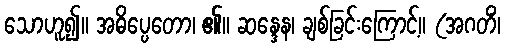
သောဟူ၍။ အဓိပ္ပေတော၊ ၏။ ဆန္ဒေန၊ ချစ်ခြင်းကြောင့်။ (အဂတိံ၊